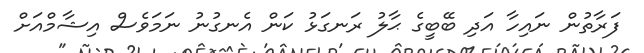
ފަރާތުން ނައިހާ އަދި ބޭބީގެ ޙާލު ރަނގަޅު ކަން އެނގުނު ނަމަވެސް އިޝާމްއަށް